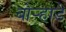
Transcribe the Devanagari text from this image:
बोर्‍हाडे